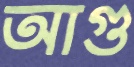
আগু